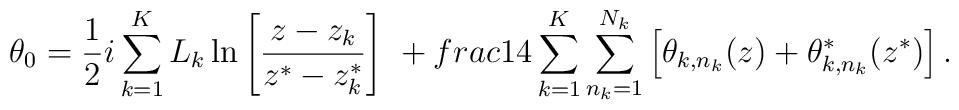
\theta_0=\frac{1}{2}i\sum_{k=1}^KL_k\ln\left[\frac{z-z_k}{z^*-z^*_k}\right]\ +\\frac{1}{4}\sum_{k=1}^K\sum_{n_k=1}^{N_k}\left[\theta_{k,n_k}(z)+\theta^*_{k,n_k}(z^*)\right].